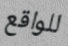
للواقع